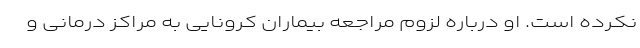
نکرده است. او درباره لزوم مراجعه بیماران کرونایی به مراکز درمانی و